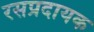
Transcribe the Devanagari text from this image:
रसप्रदायक